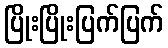
ပြိုးပြိုးပြက်ပြက်